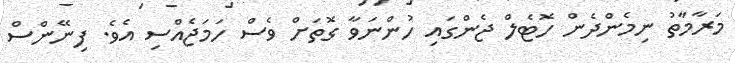
މަރާމާތު ނިމެންދެން ހޮޓެލް ޖެންގައި ހުންނަވާ ގޮތަށް ވެސް ހަމަޖެއްސި އެވެ. ފިނޭންސް